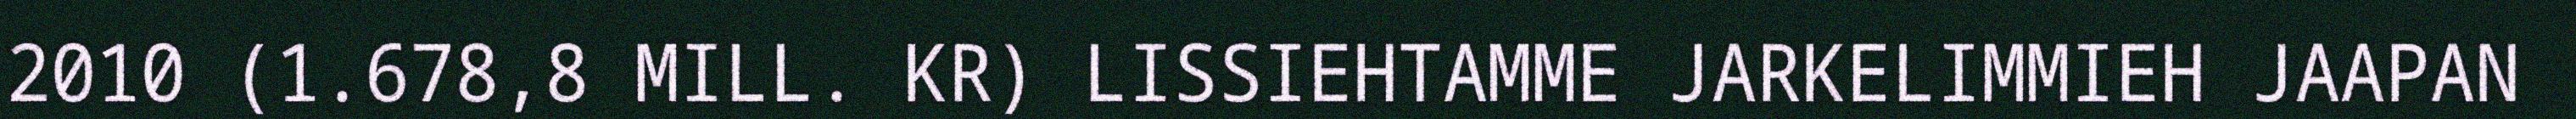
2010 (1.678,8 MILL. KR) LISSIEHTAMME JARKELIMMIEH JAAPAN